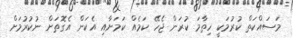
މަސައްކަތް ކުރުމަކީ ހިތާމަ ކުރަން ޖެހޭ ކަމެއް ކަމަށާއި އެކަން އެގޮތަށް ނުކުރުމަށް